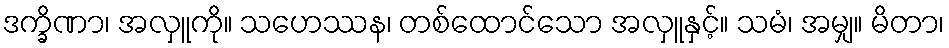
ဒက္ခိဏာ၊ အလှူကို။ သဟေဿန၊ တစ်ထောင်သော အလှူနှင့်။ သမံ၊ အမျှ။ မိတာ၊